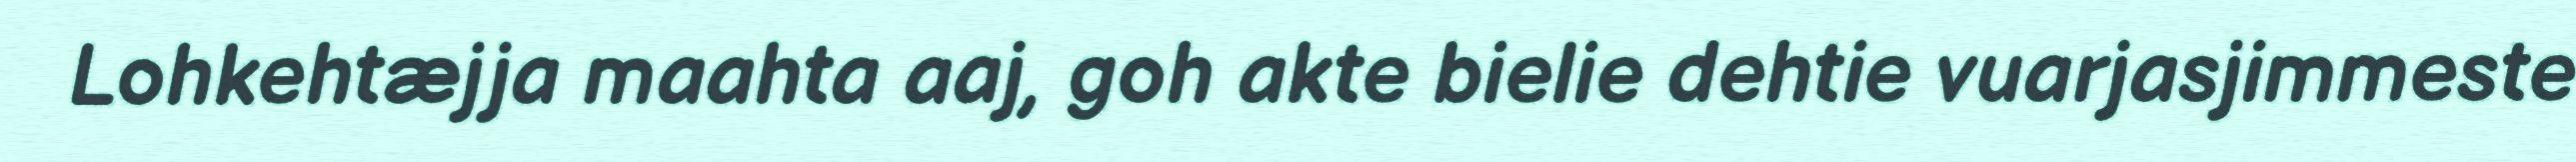
Lohkehtæjja maahta aaj, goh akte bielie dehtie vuarjasjimmeste